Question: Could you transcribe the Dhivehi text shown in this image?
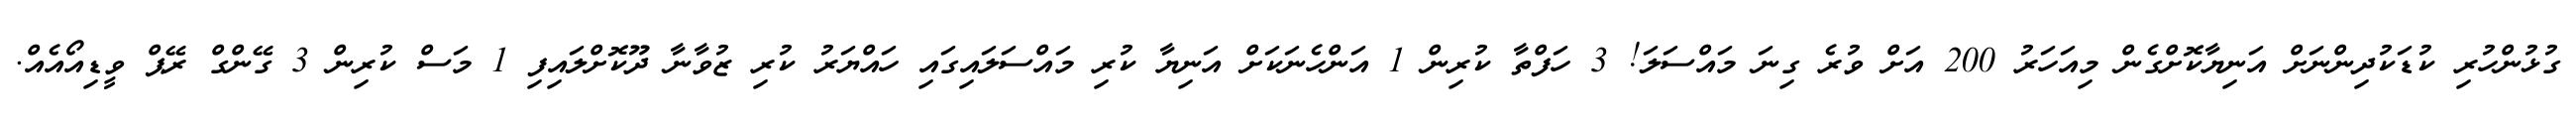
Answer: ގުޅުންހުރި ކުޑަކުދިންނަށް އަނިޔާކޮށްގެން މިއަހަރު 200 އަށް ވުރެ ގިނަ މައްސަލަ! 3 ހަފްތާ ކުރިން 1 އަންހެނަކަށް އަނިޔާ ކުރި މައްސަލައިގައި ހައްޔަރު ކުރި ޒުވާނާ ދޫކޮށްލައިފި 1 މަސް ކުރިން 3 ގޭންގް ރޭޕް ވީޑިއޯއެއް.